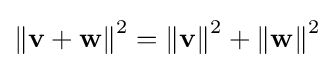
\left\|\mathbf {v} +\mathbf {w} \right\|^{2}=\left\|\mathbf {v} \right\|^{2}+\left\|\mathbf {w} \right\|^{2}